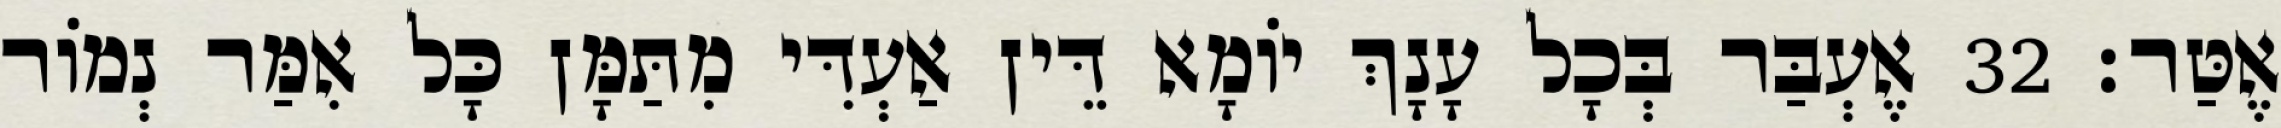
אֶטַּר׃ 32 אֶעְבַּר בְּכָל עָנָךְ יוֹמָא דֵּין אַעְדִּי מִתַּמָּן כָּל אִמַּר נְמוֹר